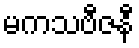
မကသဗီဇနီ